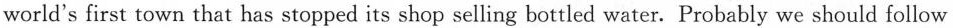
world's first town that has stopped its shop selling bottled water. Probably we should follow